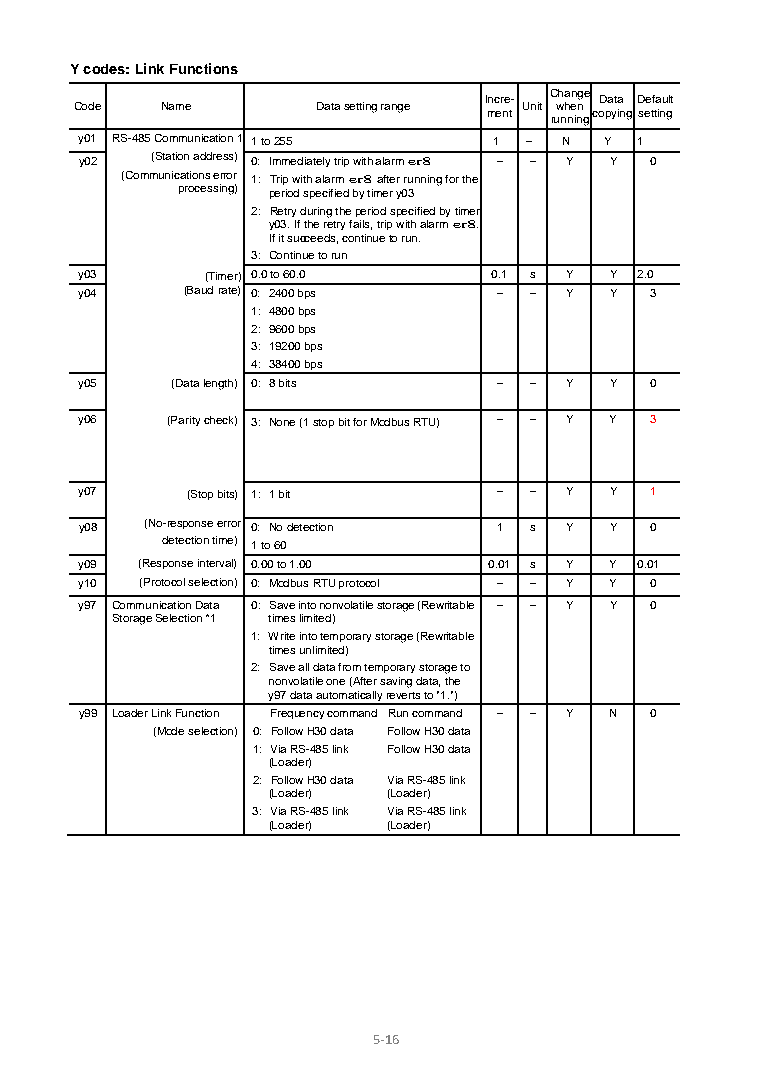
Y codes: Link Functions
 Change
 Incre-  Data Default
 Code  Name      Data setting range Unit when
 ment   copying setting
 running
 y01 RS-485 Communication 1 1 to 255 1 – N Y 1
 y02  (Station address) 0: Immediately trip with alarm er8 – – Y Y 0
 (Communications error 1: Trip with alarm er8 after running for the
 processing) period specified by timer y03
 2: Retry during the period specified by timer
 y03. If the retry fails, trip with alarm er8.
 If it succeeds, continue to run.
 3: Continue to run
 y03      (Timer) 0.0 to 60.0 0.1 s Y Y 2.0
 y04    (Baud rate) 0: 2400 bps – – Y Y 3
 1: 4800 bps
 2: 9600 bps
 3: 19200 bps
 4: 38400 bps
 y05   (Data length) 0: 8 bits – – Y Y 0
 y06   (Parity check) 3: None (1 stop bit for Modbus RTU) – – Y Y 3
 y07    (Stop bits) 1: 1 bit – – Y  Y  1
 y08  (No-response error 0: No detection 1 s Y Y 0
 detection time) 1 to 60
 y09 (Response interval) 0.00 to 1.00 0.01 s Y Y 0.01
 y10 (Protocol selection) 0: Modbus RTU protocol – – Y Y 0
 y97 Communication Data 0: Save into nonvolatile storage (Rewritable – – Y Y 0
 Storage Selection *1 times limited)
 1: Write into temporary storage (Rewritable
 times unlimited)
 2: Save all data from temporary storage to
 nonvolatile one (After saving data, the
 y97 data automatically reverts to "1.")
 y99 Loader Link Function Frequency command Run command – – Y N 0
 (Mode selection) 0: Follow H30 data Follow H30 data
 1: Via RS-485 link Follow H30 data
 (Loader)
 2: Follow H30 data Via RS-485 link
 (Loader) (Loader)
 3: Via RS-485 link Via RS-485 link
 (Loader) (Loader)
 5- 16